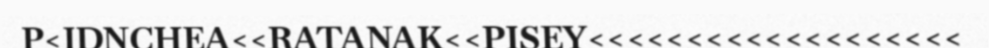
P<IDNCHEA<<RATANAK<<PISEY<<<<<<<<<<<<<<<<<<<